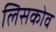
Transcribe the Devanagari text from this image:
लिसकोव